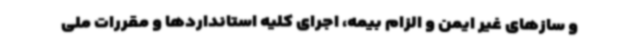
و سازهای غیر ایمن و الزام بیمه، اجرای کلیه استانداردها و مقررات ملی